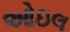
ઓઇલ